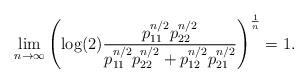
LaTeX: \begin{align*}\lim_{n\rightarrow\infty}\left(\log(2)\frac{p_{11}^{n/2}p_{22}^{n/2}}{p_{11}^{n/2}p_{22}^{n/2}+p_{12}^{n/2}p_{21}^{n/2}}\right)^{\frac{1}{n}}=1.\end{align*}